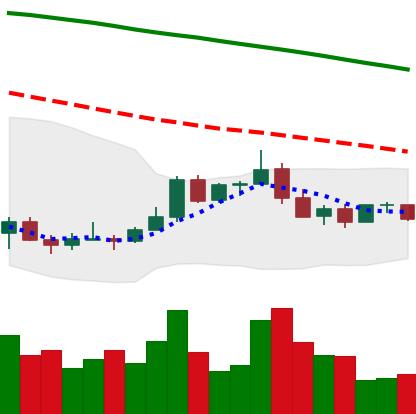
Ticker: ADA-USD
Chart end date: 2022-01-03
Forward return: -10.148%
Label: down_7plus